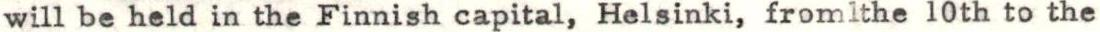
will be held in the Finnish capital, Helsinki, fromlthe 10th to the